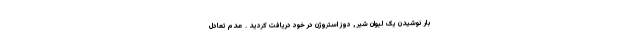
بار نوشیدن یک لیوان شیر , دوز استروژن در خود دریافت کردید . عدم تعادل